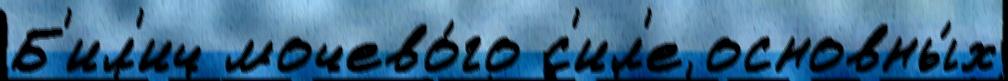
Б'ил'ич мочево́го с'ил'е основны́х